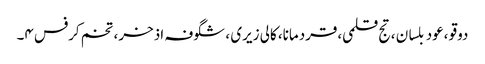
دوقو ،عود بلسان ،تج قلمی،قردمانا، کالی زیری ، شگوفہ اذخر، تخم کرفس ۴۔